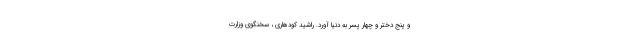
و پنج دختر و چهار پسر به دنیا آورد. راشید کودهاری ، سخنگوی وزارت